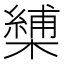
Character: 𭬏